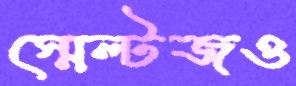
স্মেল্টজও